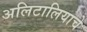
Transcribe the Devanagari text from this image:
अलिटालियाचे